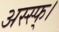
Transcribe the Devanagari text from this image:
अस्स्फ्।